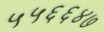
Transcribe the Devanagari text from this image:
५५६६४७